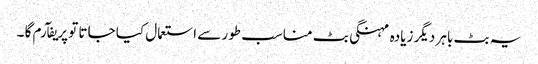
یہ بٹ باہر دیگر زیادہ مہنگی بٹ مناسب طور سے استعمال کیا جاتا تو پریفآرم گا ۔